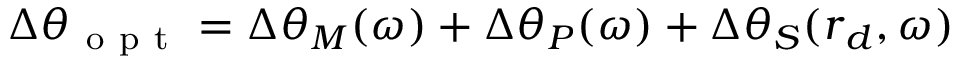
\Delta \theta _ { \mathrm { ~ o ~ p ~ t ~ } } = \Delta \theta _ { M } ( \omega ) + \Delta \theta _ { P } ( \omega ) + \Delta \theta _ { S } ( \boldsymbol { r } _ { d } , \omega )